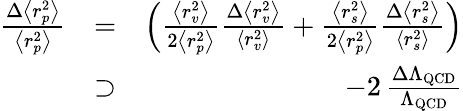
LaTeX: \begin{array}{rlr}{\frac{\Delta\left<r_{p}^{2}\right>}{\left<r_{p}^{2}\right>}}&{=}&{\left(\frac{\left<r_{v}^{2}\right>}{2\left<r_{p}^{2}\right>}\frac{\Delta\left<r_{v}^{2}\right>}{\left<r_{v}^{2}\right>}+\frac{\left<r_{s}^{2}\right>}{2\left<r_{p}^{2}\right>}\frac{\Delta\left<r_{s}^{2}\right>}{\left<r_{s}^{2}\right>}\right)}\\ &{\supset}&{-2\, \frac{\Delta\Lambda_{\mathrm{QCD}}}{\Lambda_{\mathrm{QCD}}}}\end{array}